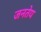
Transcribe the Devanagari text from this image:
जनतेय